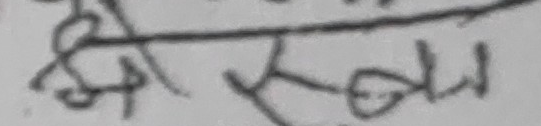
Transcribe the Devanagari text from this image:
समानता